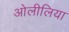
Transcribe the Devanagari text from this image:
ओलीलिया